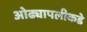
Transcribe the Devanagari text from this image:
ओढ्यापलीकडे